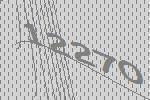
12270